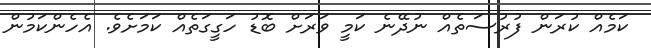
ކަމެއް ކުރަން ފުރުސަތެއް ނުދޭނެ ކަމީ ވަރަށް ބޮޑު ހަގީގަތެއް ކަމަށެވެ. އެހެންކަމުން